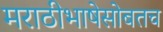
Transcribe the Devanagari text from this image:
मराठीभाषेसोबतच